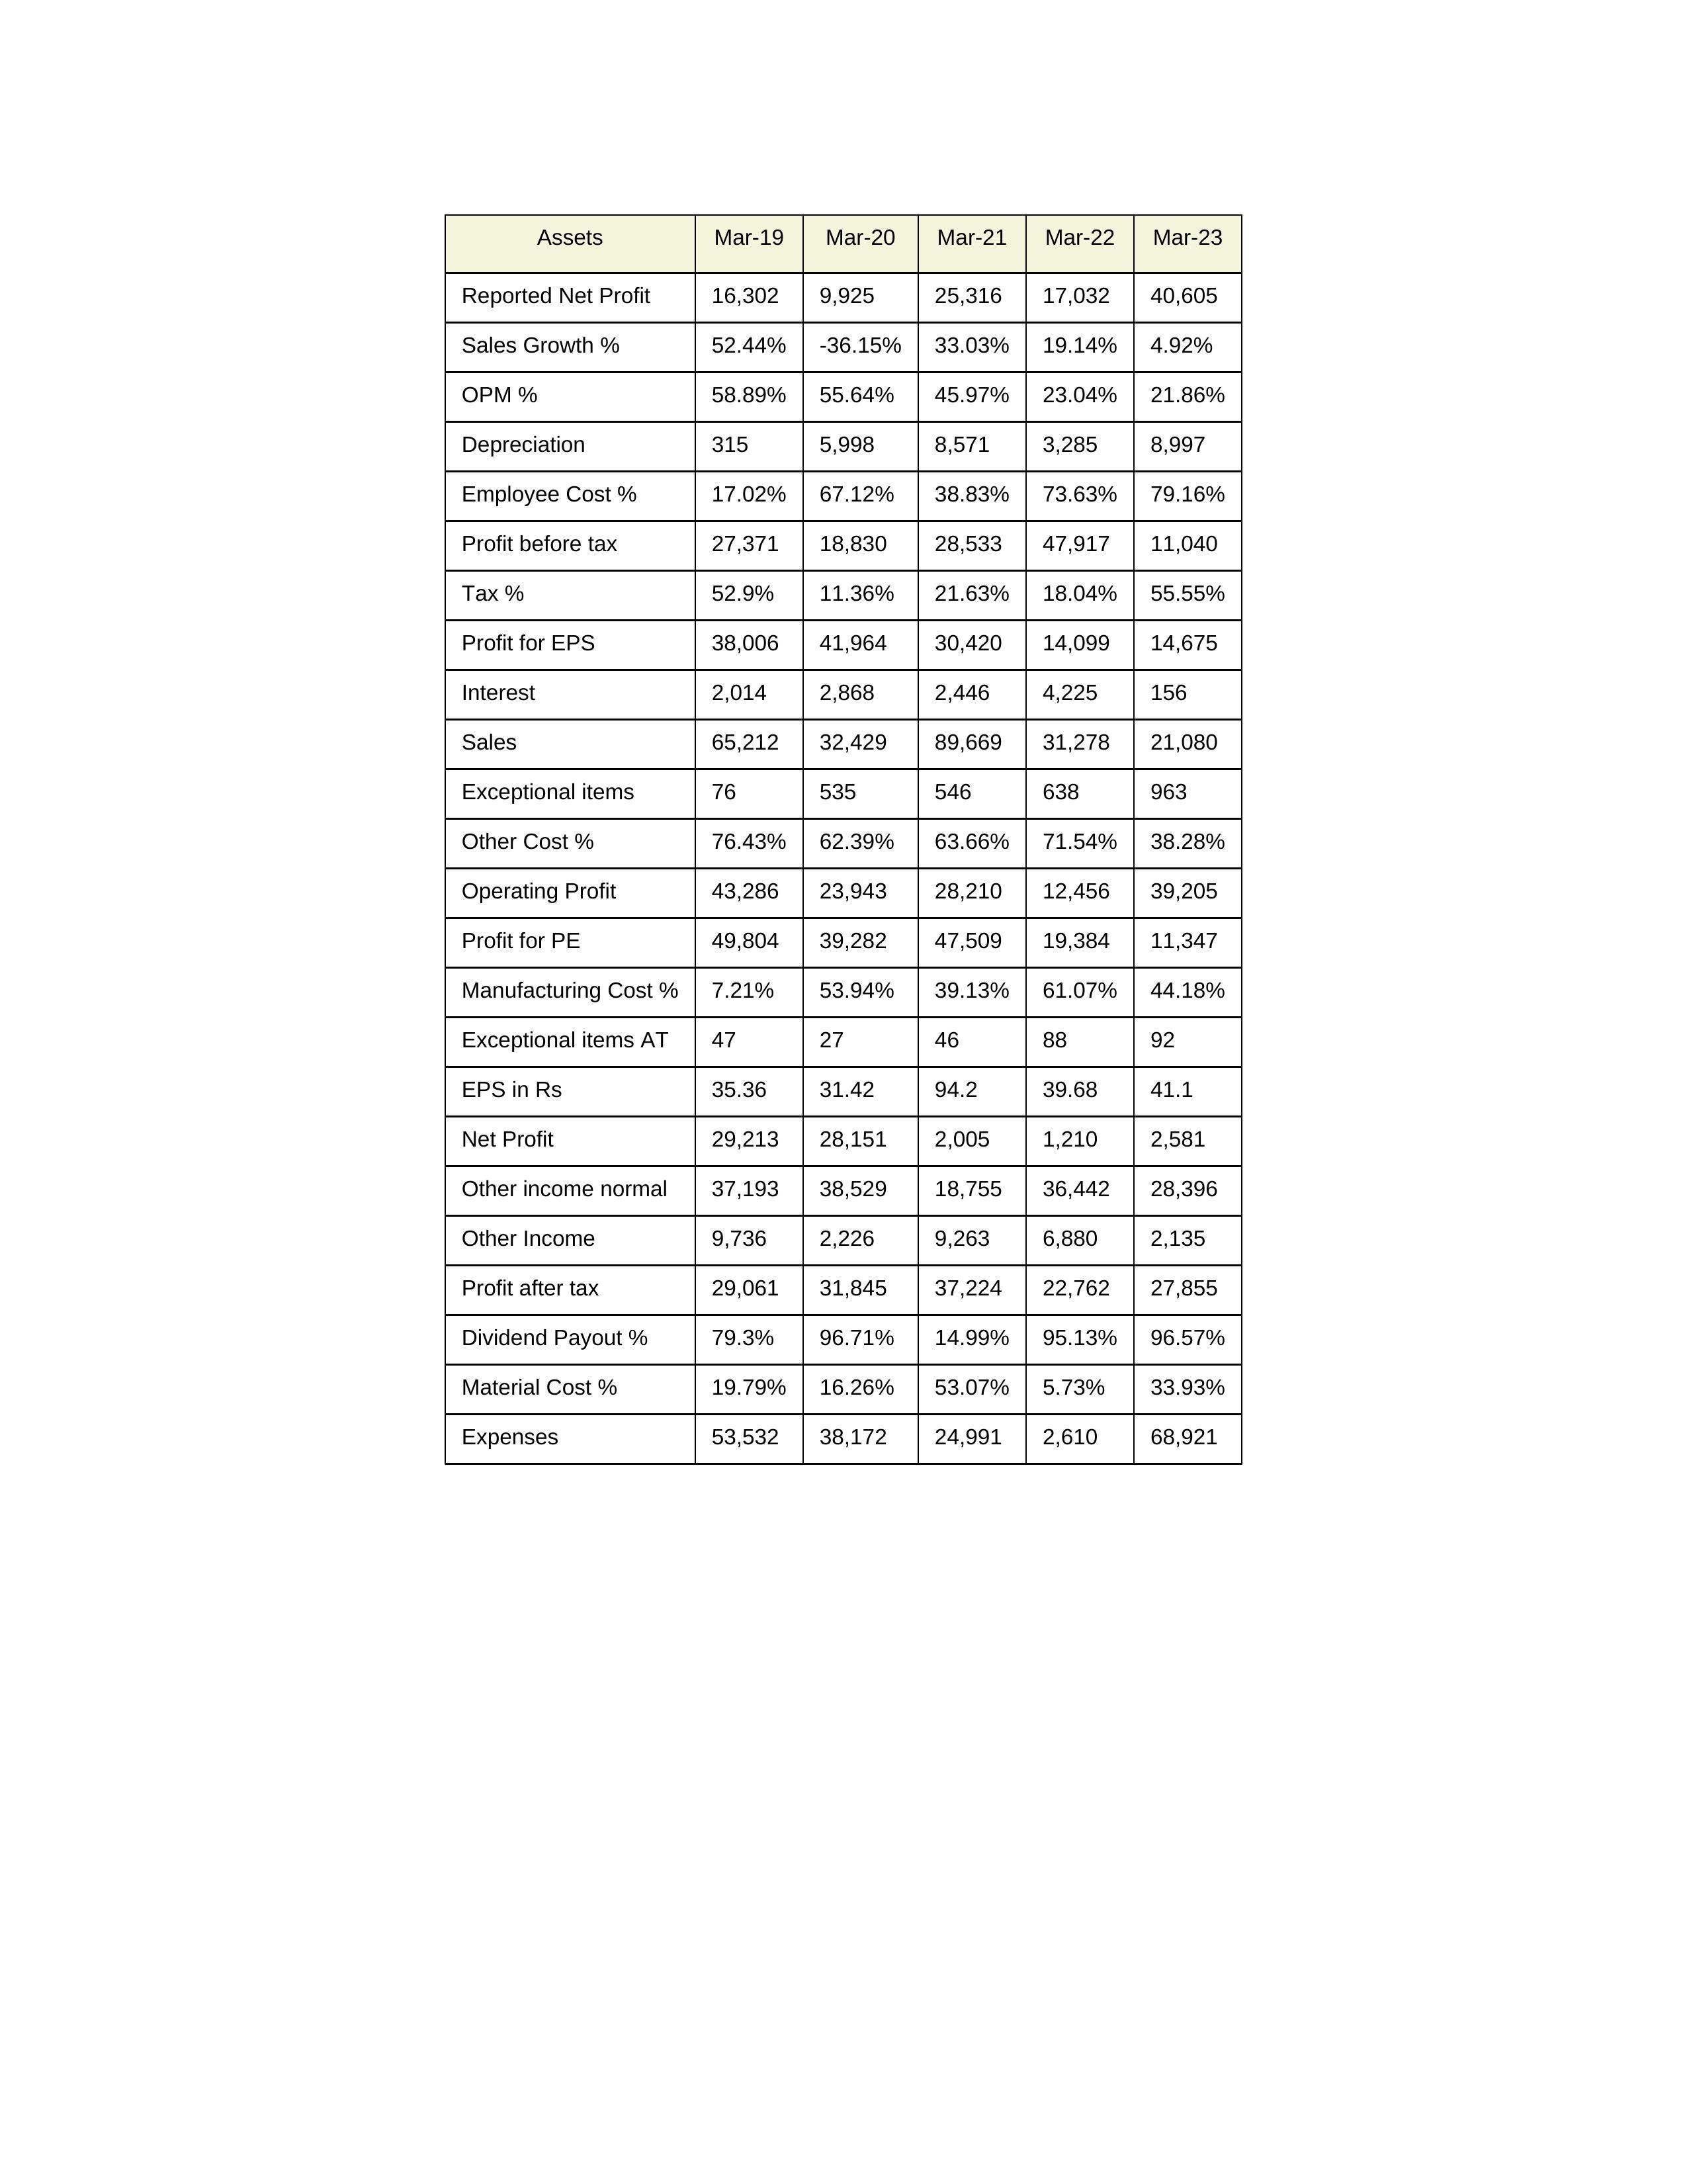
gt_parse: Mar-19: Sales: 65,212
Sales Growth %: 52.44%
Expenses: 53,532
Material Cost %: 19.79%
Manufacturing Cost %: 7.21%
Employee Cost %: 17.02%
Other Cost %: 76.43%
Operating Profit: 43,286
OPM %: 58.89%
Other Income: 9,736
Exceptional items: 76
Other income normal: 37,193
Interest: 2,014
Depreciation: 315
Profit before tax: 27,371
Tax %: 52.9%
Net Profit: 29,213
Profit after tax: 29,061
Reported Net Profit: 16,302
Profit for EPS: 38,006
Exceptional items AT: 47
Profit for PE: 49,804
EPS in Rs: 35.36
Dividend Payout %: 79.3%
Mar-20: Sales: 32,429
Sales Growth %: -36.15%
Expenses: 38,172
Material Cost %: 16.26%
Manufacturing Cost %: 53.94%
Employee Cost %: 67.12%
Other Cost %: 62.39%
Operating Profit: 23,943
OPM %: 55.64%
Other Income: 2,226
Exceptional items: 535
Other income normal: 38,529
Interest: 2,868
Depreciation: 5,998
Profit before tax: 18,830
Tax %: 11.36%
Net Profit: 28,151
Profit after tax: 31,845
Reported Net Profit: 9,925
Profit for EPS: 41,964
Exceptional items AT: 27
Profit for PE: 39,282
EPS in Rs: 31.42
Dividend Payout %: 96.71%
Mar-21: Sales: 89,669
Sales Growth %: 33.03%
Expenses: 24,991
Material Cost %: 53.07%
Manufacturing Cost %: 39.13%
Employee Cost %: 38.83%
Other Cost %: 63.66%
Operating Profit: 28,210
OPM %: 45.97%
Other Income: 9,263
Exceptional items: 546
Other income normal: 18,755
Interest: 2,446
Depreciation: 8,571
Profit before tax: 28,533
Tax %: 21.63%
Net Profit: 2,005
Profit after tax: 37,224
Reported Net Profit: 25,316
Profit for EPS: 30,420
Exceptional items AT: 46
Profit for PE: 47,509
EPS in Rs: 94.2
Dividend Payout %: 14.99%
Mar-22: Sales: 31,278
Sales Growth %: 19.14%
Expenses: 2,610
Material Cost %: 5.73%
Manufacturing Cost %: 61.07%
Employee Cost %: 73.63%
Other Cost %: 71.54%
Operating Profit: 12,456
OPM %: 23.04%
Other Income: 6,880
Exceptional items: 638
Other income normal: 36,442
Interest: 4,225
Depreciation: 3,285
Profit before tax: 47,917
Tax %: 18.04%
Net Profit: 1,210
Profit after tax: 22,762
Reported Net Profit: 17,032
Profit for EPS: 14,099
Exceptional items AT: 88
Profit for PE: 19,384
EPS in Rs: 39.68
Dividend Payout %: 95.13%
Mar-23: Sales: 21,080
Sales Growth %: 4.92%
Expenses: 68,921
Material Cost %: 33.93%
Manufacturing Cost %: 44.18%
Employee Cost %: 79.16%
Other Cost %: 38.28%
Operating Profit: 39,205
OPM %: 21.86%
Other Income: 2,135
Exceptional items: 963
Other income normal: 28,396
Interest: 156
Depreciation: 8,997
Profit before tax: 11,040
Tax %: 55.55%
Net Profit: 2,581
Profit after tax: 27,855
Reported Net Profit: 40,605
Profit for EPS: 14,675
Exceptional items AT: 92
Profit for PE: 11,347
EPS in Rs: 41.1
Dividend Payout %: 96.57%